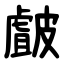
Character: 皻